Vaccination in Burma 1889-1999 - 1889-1999
Year: 1889
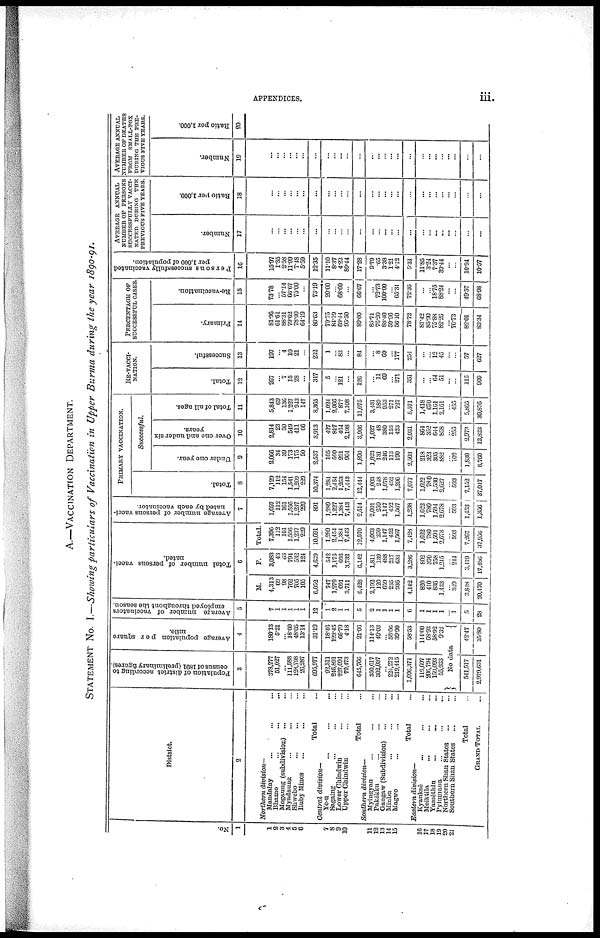
APPENDICES.
iii
A.—VACCINATION DEPARTMENT.
STATEMENT No. I.—Showing particulars of Vaccination in Upper Burma during the year 1890-91.
No.
1
1
2
3
4
5
6
7
8
9
10
11
12
13
14
15
16
17
18
19
20
21
Distsict.
2
Northern division—
Mandalay ... ... ...
Bhamo
...
...
...
Mogaung (subdivision) ... ...
Myadaung ... ... ...
Bhwebo ... ... ...
Ruby Minos ... ... ...
Total ...
Central division—
Ye-u ... ... ...
Sagaing ... ... ...
Lower Chindwin ... ...
Upper Chindwin ... ...
Total ...
Southern division—
Myingyan ... ... ...
Pakôkku ... ... ...
Gangaw (Subdivision) ... ...
Minbu ... ... ...
Magwe ... ... ...
Total ...
Eastern division—
Kyanksè ... ... ...
Meiktila ... ... ...
Yamèthin
...
...
...
Pyinmana ... ... ...
Northern Shan States ... ...
Southern Shon States ... ...
Total ...
GRAND TOTAL ...
Population of district according to
census of 1891 (preliminary figures).
3
378,277
51,027
...
111,588
128,798
26,287
695,977
92,311
246,891
227,091
79,473
645,766
350,617
302,037
...
224,272
219,445
1,096,371
119,697
206,794
159,093
55,933
Average population per square
mile.
4
180.13
6.21
... 18.60
48.05
13.14
31.19
18.46
123.45
66.79
4.18
21.96
114.13
49.03
...
50.06
39.90
58.53
114.00
68.93
58.92
9.32
No data
541,517
2,979,631
42.47
35.80
Average number of vaccinators
employed throughout the season.
5
7
1
1
1
1
1
12
1
2
1
1
5
2
1
1
1
1
6
1
1
1
1
...
1
5
28
Total number of persons vacci-
nated.
6
M.
4,313
69
98
762
705
105
6,052
747
1,279
691
3,711
6,428
2,192
120
659
235
936
4,142
820
410
836
1,433
...
349
3,848
20,470
F.
3,083
43
63
794
532
124
4,639
542
1,175
693
3,732
6,142
1,811
139
488
217
631
3,286
802
370
758
1,245
...
244
3,419
17,486
Total.
7,396
112
161
1,556
1,237
229
10,691
1,289
2,454
1,384
7,443
12,570
4,003
259
1,147
452
1,567
7,428
1,622
780
1,591
2,678
...
593
7,267
37,956
Average number of persons vacci-
nated by each vaccinator.
7
1,057
112
161
1,556
1,237
229
891
1,289
1,227
1,384
7,443
2,514
2,001
259
1,147
452
1,567
1,238
1,622
780
1,594
2,678
...
593
1,453
1,356
PRIMARY VACCINATION.
Total.
8
7,129
112
154
1,541
1,209
229
10,374
1,284
2,454
1,263
7,443
12,444
4,003
248
1,078
452
1,296
7,077
1,622
780
1,530
2,627
...
693
7,152
37,047
Successful.
Under one year.
9
2,066
34
39
173
175
50
2,537
105
590
291
904
1,890
1,823
131
246
113
190
2,503
218
323
305
882
...
102
1,830
8,760
Over one and under six
years.
10
2,814
23
50
549
411
66
3,913
427
817
464
2,198
3,906
1,027
48
380
153
423
2,031
864
352
644
858
...
255
2,973
12,823
Total of all ages.
11
5,843
69
136
1,227
943
147
8,365
1,024
2,066
877
7,108
11,075
3,431
189
953
271
727
5,571
1,418
670
1,161
2,161
...
455
5,865
30,876
RE-VACCI-
NATION.
Total.
12
267
...
7
15
28
...
317
5
...
121
...
126
...
11
69
...
271
351
...
...
64
51
...
...
115
909
Successful.
13
197
...
4
10
21
...
232
1
...
83
...
84
...
8
69
...
177
254
...
...
12
45
...
...
57
627
PERCENTAGE OF
SUCCESSFUL CASES.
Primary.
14
81.96
61.61
88.31
79.62
78.00
64.19
80.63
79.75
84.19
69.44
95.50
89.00
85.71
76.20
88.40
59.96
56.10
78.72
87.42
85.90
75.88
82.26
...
76.73
82.01
83.34
Re-vaccination.
15
73.78
...
57.14
66.67
75.00
...
73.19
20.00
...
68.60
...
66.67
...
72.73
100.00
...
65.31
72.36
...
...
18.75
88.24
...
...
49.57
68.98
Persons successfully vaccinated
per 1,000 of population.
16
15.97
1.35
2.58
11.09
7.48
5.59
12.35
11.10
8.37
4.23
89.44
17.28
9.79
.65
3.38
1.21
4.12
5.31
11.85
3.24
7.37
39.44
...
...
10.94
10.57
AVERAGE
ANNUAL
NUMBER OF PERSONS
SUCCESSFULLY VACCI-
NATED DURING T H E
PREVIOUS FIVE YEARS.
Number.
17
...
...
...
...
...
...
...
...
...
...
...
...
...
...
...
...
...
...
...
...
...
...
...
...
...
...
Ratio per 1,000.
18
...
...
...
...
...
...
...
...
...
...
...
...
...
...
...
...
...
...
...
...
...
...
...
...
...
...
AVERAGE ANNUAL
NUMBER OF DEATHS
FROM
SMALL-POX
DURING THE PRE-
VIOUS FIVE YEARS.
Number.
19
...
...
...
...
...
...
...
...
...
...
...
...
...
...
...
...
...
...
...
...
...
...
...
...
...
...
Ratio per 1,000.
20